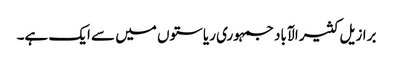
برازیل کثیر الآباد جمہوری ریاستوں میں سے ایک ہے۔